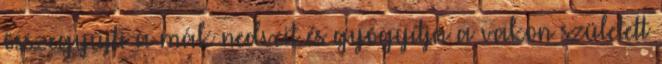
összegyűjti a mák nedveit és gyógyítja a vakon született